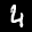
Digit: 4